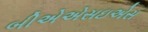
બીએએસઇએસ